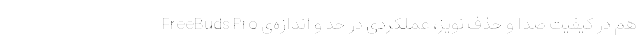
هم در کیفیت صدا و حذف نویز، عملکردی در حد و اندازه‌ی FreeBuds Pro